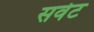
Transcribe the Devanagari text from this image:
सर्वेट